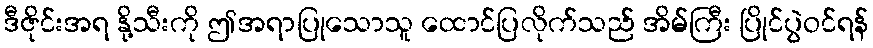
ဒီဇိုင်းအရ နို့သီးကို ဤအရာပြုသောသူ ထောင်ပြလိုက်သည် အိမ်ကြီး ပြိုင်ပွဲဝင်ရန်